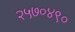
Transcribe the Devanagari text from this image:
२५७०४९०